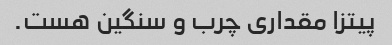
پیتزا مقداری چرب و سنگین هست.